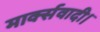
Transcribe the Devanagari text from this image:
मार्क्सवादी।